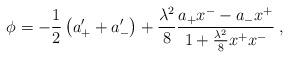
LaTeX: \begin{align*}\phi=-{1\over2}\left(a_+^\prime+a_-^\prime\right)+{\lambda^2\over8}{a_+x^--a_-x^+\over 1+{\lambda^2\over8}x^+x^-}\>,\end{align*}